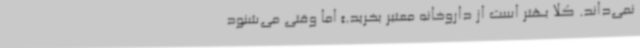
نمی‌داند. کلاً بهتر است از داروخانه معتبر بخرید.» اما وقتی می‌شنود